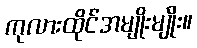
ကုလားထိုင်အမျိုးမျိုး။